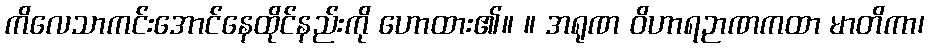
ကိလေသာကင်းအောင်နေထိုင်နည်းကို ဟောထား၏။ ။ အရုဏ ဝိဟာရဉာဏကထာ မာတိကာ၊